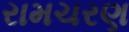
રામચરણ